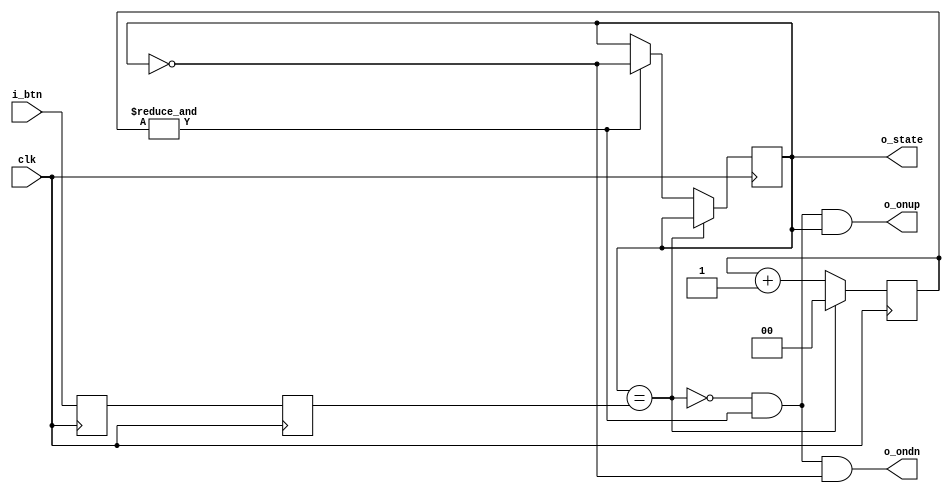
`timescale 1ns / 1ps
//////////////////////////////////////////////////////////////////////////////////
// Company: 
// Engineer: 
// 
// Design Name: 
// Module Name: KEY_Debounce
// Project Name: 
// Target Devices: 
// Tool Versions: 
// Description: 
// 
// Dependencies: 
// 
// Revision:
// Revision 0.01 - File Created
// Additional Comments:
// 
//////////////////////////////////////////////////////////////////////////////////


module KEY_Debounce(
    input clk,
    input i_btn,
    output reg o_state=0,
    output o_ondn,
    output o_onup
    );
    
    // sync with clock and combat metastability
    reg sync_0 = 0, sync_1 = 0;
    always @(posedge clk) sync_0 <= i_btn;
    always @(posedge clk) sync_1 <= sync_0;

    // 2.6 ms counter at 50 MHz
    reg [1:0] counter = 2'd0;
    wire idle = (o_state == sync_1);
    wire max = &counter;

    always @(posedge clk)
    begin
        if (idle)
            counter <= 0;
        else
        begin
            counter <= counter + 1;
            if (max)
                o_state <= ~o_state;
        end
    end

    assign o_ondn = ~idle & max & ~o_state;
    assign o_onup = ~idle & max & o_state;
    
endmodule